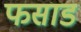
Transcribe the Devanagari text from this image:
फसाड